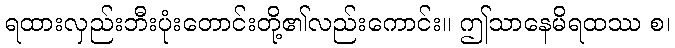
ရထားလှည်းဘီးပုံးတောင်းတို့၏လည်းကောင်း။ ဤသာနေမိရထဿ စ၊